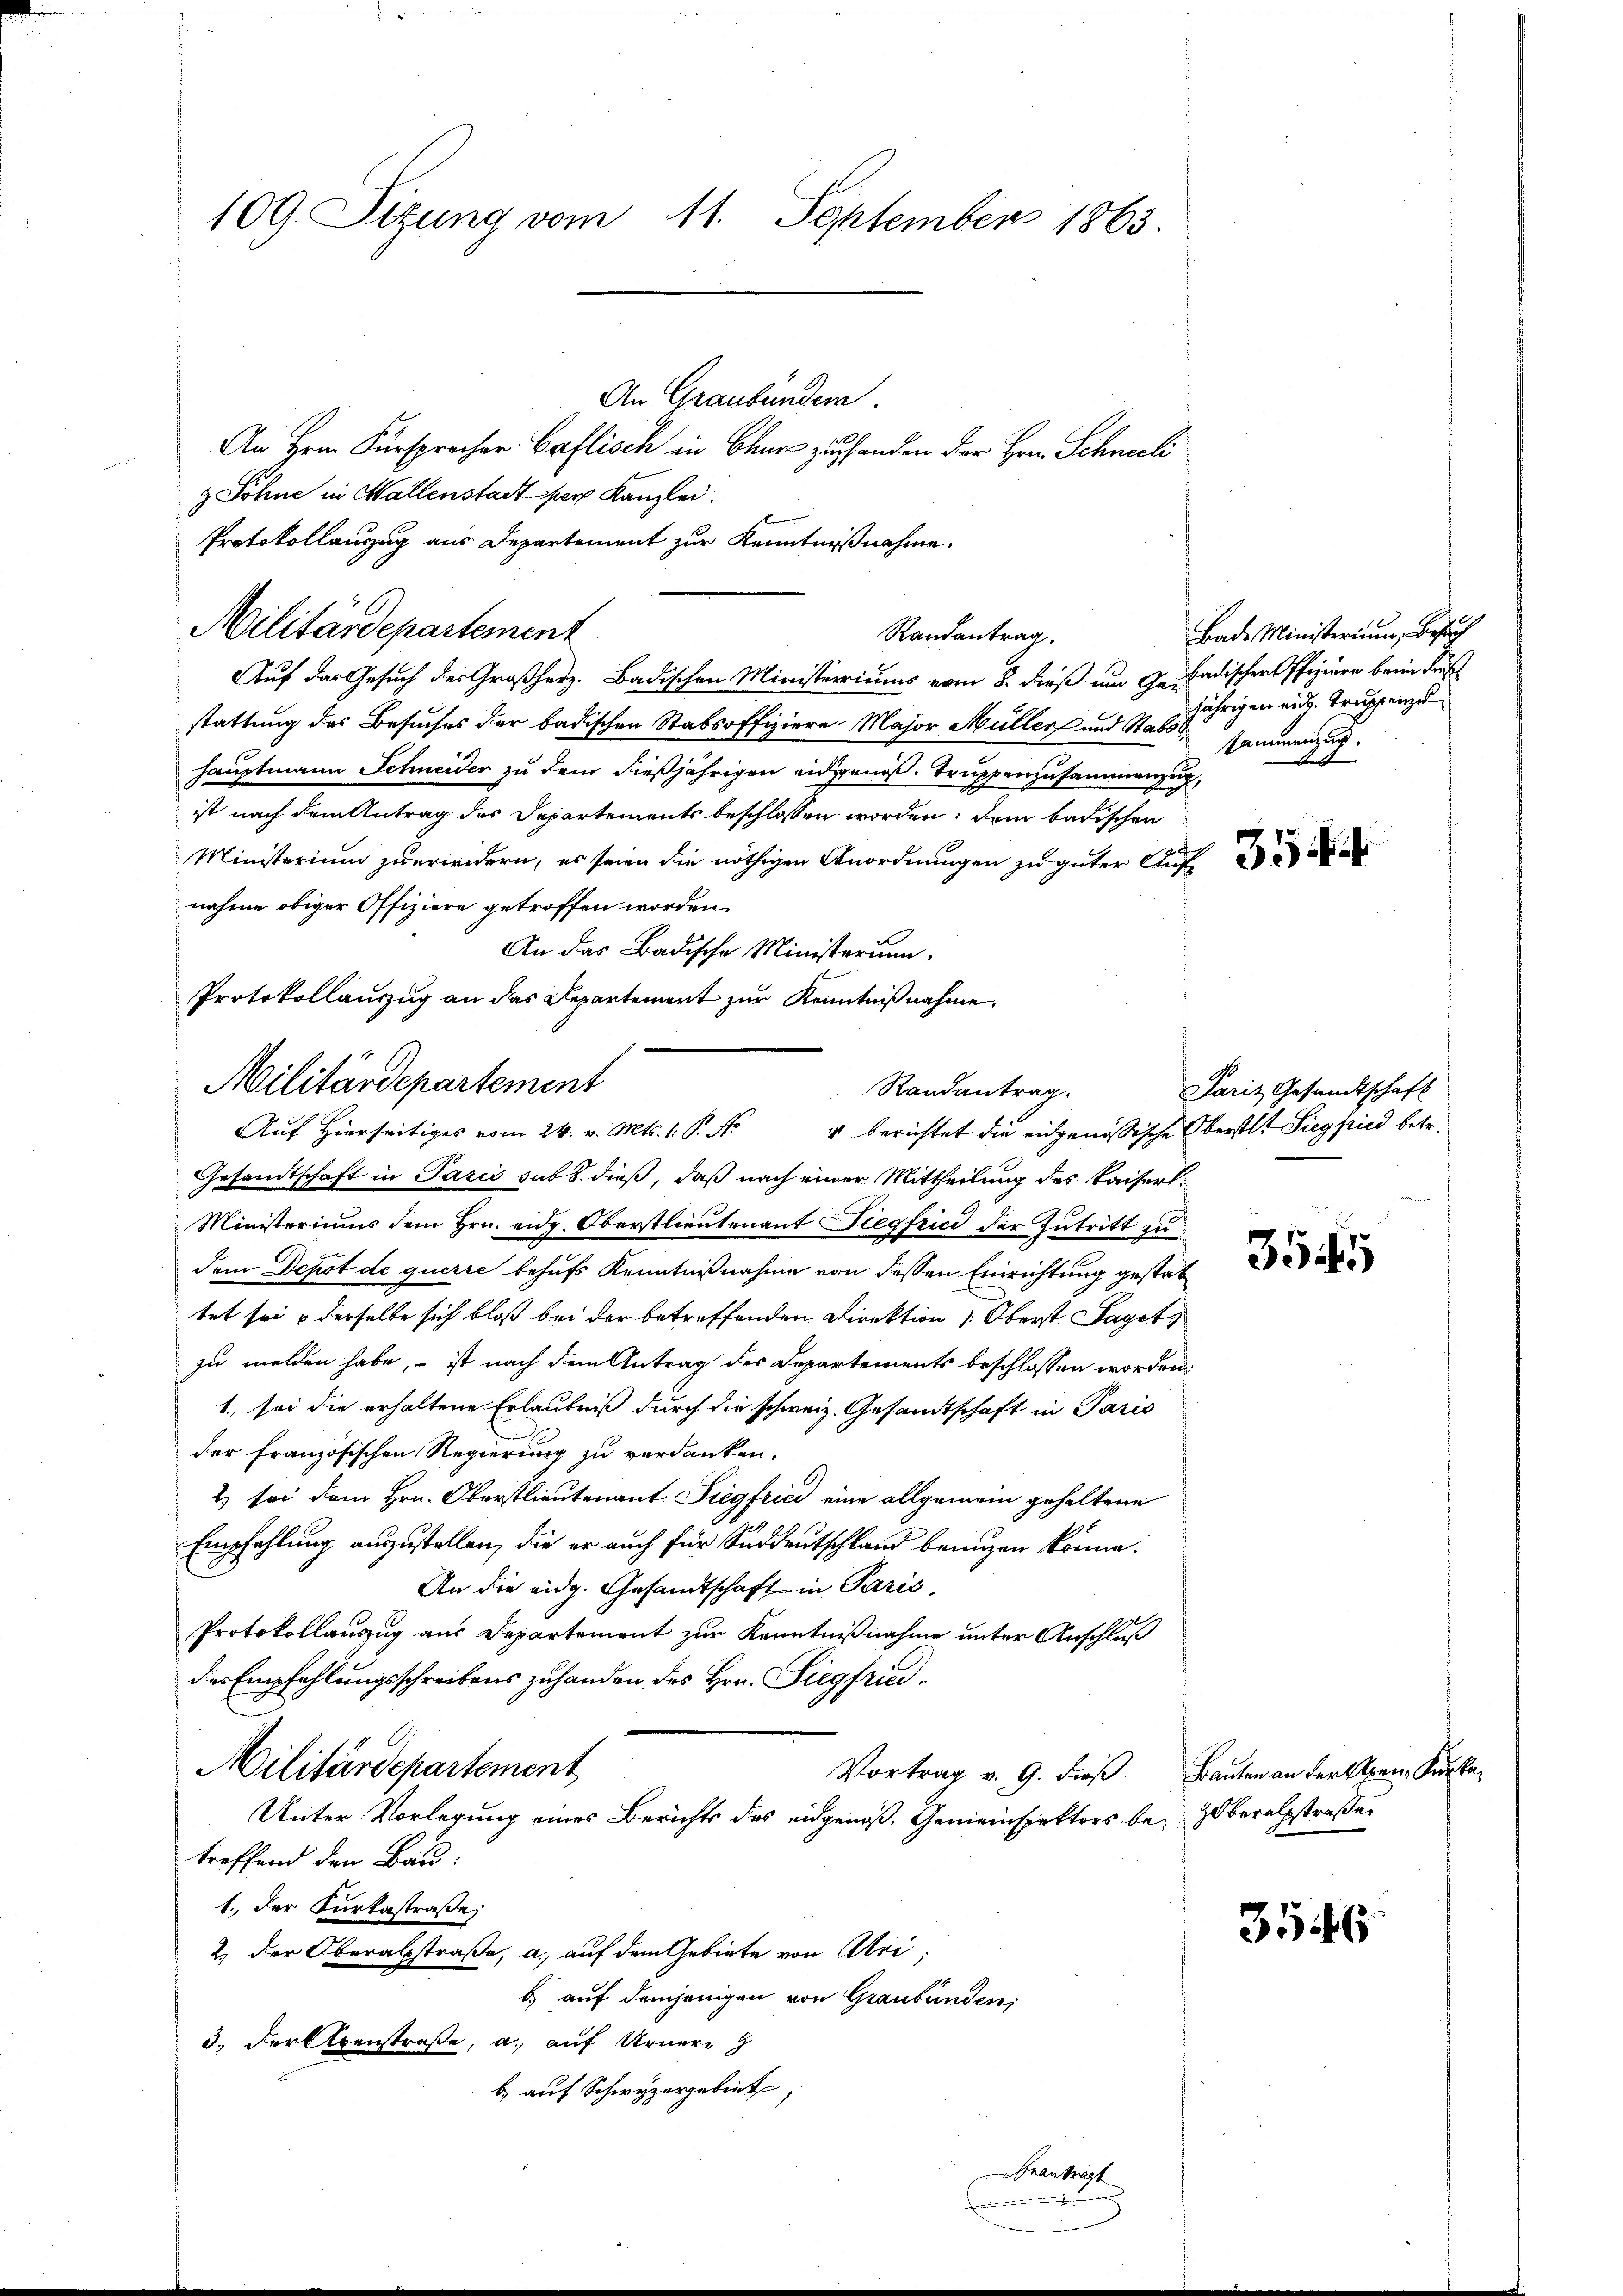
109. Sizung vom 11. September 1863.
An Graubündera
An Hrn. Fürspracher Caflisch in Chur zu handen der Hrn. Schneeli

z Sohne in Wallenstadt per Kanzlei.
Militärdepartement
Auf das Gesuch des Großherz. Badischen Ministeriums vom 8. dieß um Geradischer Pfiziere beim Früh
stattung des Besuches der badischen Stabsoffiziere Major Müller und N. 2jährigen aus Truppenze
hauptmann Schneider zu dem dießjährigen eidgenöß. Truppenzusammenzug,
ist nach dem Antrag des Departements beschlossen worden, dem badischen
Ministerium zuerweidern, es seien die nöthigen Anordnungen zu guter Auf
nahme obiger Offiziere getroffen worden.
An das Badische Ministerum.
Protokollauszug an das Repartement zur Kenntnißnahme.

Militärdepartement
Randantrag.
Auf Hierseitiges vom 24. v. Mts. 1. P. Nr. 4 berichtet die eidgenössische Oberstl. Siegfried betr.

Protokollauszug aus Departement zur Kenntnißnahme.
Randantrag.

Gesandtschaft in Paris sub S. dieß, daß nach einer Mittheilung des Kaisert¬
Ministeriums dem Hrn. eidg. Oberstlieutenant Siegfried der Zutritt zu
dem Depot de querre behufs Kenntnißnahme von dessen Einrichtung gestattet sei & derselbe sich bloß bei der betreffenden Direktion 1. Oberst Saget,
zu melden habe, – ist nach dem Antrag des Departements beschlossen worden.
1), sei die erhaltene Erlaubniß durch die schweiz. Gesandtschaft in Paris
der französischen Regierung zu verdanken.
2) sei dem Hrn. Oberstlieutenant Siegfried eine allgemein gehaltene
Empfehlung auszustellen, die er auch für Süddeutschland benuzen könne.
An die eidg. Gesandtschaft in Paris.
Protokollanzug aus Departement zur Kenntnißnahme unter Anschluß
des Empfehlungsschreibens zuhanden des Hrn. Siegfried¬
Militärdepartement
Vortrag v. 9. dieß Bauten an der Alpen, Kurka¬
Unter Vorlegung eines Berichts des eidgenoß. Gemeinspektors be- Zoberalpstraßen
treffend den Bau¬
1. der Kurkastraße
2. der Oberabstraße, a. auf dem Gebiete von Uri,
b.) auf demjenigen von Graubünden,
3.) Der Alpenstraße, a. auf Urner-
b. auf Schwyzergebiet,

Beantragt
u

Bade Ministerium, Besuch
sammenzug

Paris Gesandtschaft

3545

354